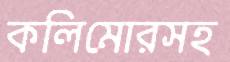
কলিমোরসহ